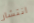
انتشار